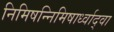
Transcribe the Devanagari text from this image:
निमिषन्निमिषार्ध्वाद्वा